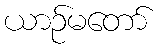
ယာဉ်မတော်